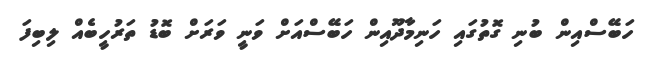
ހަބޭސްއިން ބުނި ގޮތުގައި ހަނިމާދޫއިން ހަބޭސްއަށް ވަނީ ވަރަށް ބޮޑު ތަރުހީބެއް ލިބިފަ